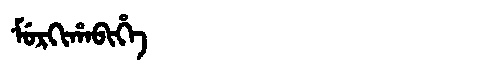
Manchu: ᠮᡠᡵᡴᡳᡥᠠᠪᡳᡥᡝ
Romanization: MURKIHABIHE